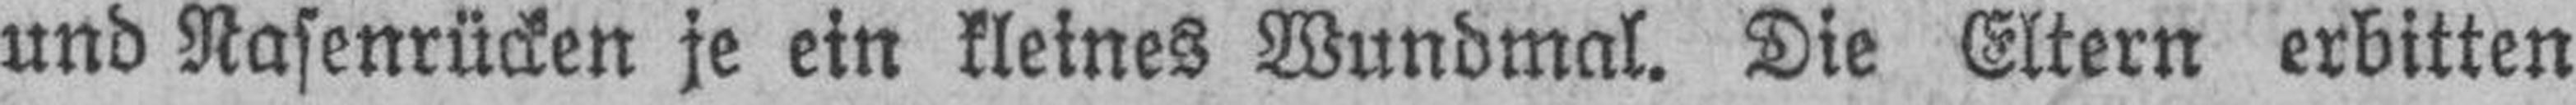
und Nasenrücken je ein kleines Wundmal. Die Eltern erbitten